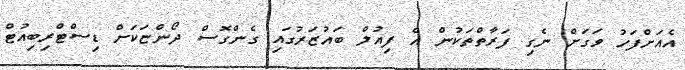
އެއަށްފަހު ވަގަށް ނެގި ފަރާތްތަކުން އެ ފިއުލް ބައުޒަރުގައި ގެންގޮސް ދޯންޏަކަށް ޑިސްޓްރިބިއުޓް